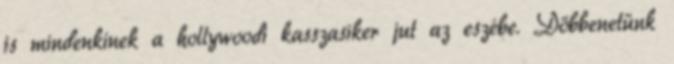
is mindenkinek a hollywoodi kasszasiker jut az eszébe. Döbbenetünk